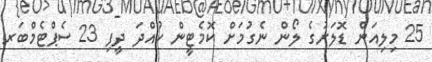
25 މިލިއަން ޑޮލަރުގެ ލޯން ނެގުމަށް ކޮމެޓީން ހުއްދަ ދީފި 23 ސެޕްޓެމްބަރ